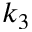
k _ { 3 }